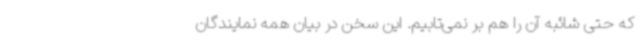
که حتی شائبه آن را هم بر نمی‌تابیم. این سخن در بیان همه نمایندگان